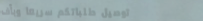
توصيل طلباتكم سريعاً وبأف